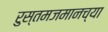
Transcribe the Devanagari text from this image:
रुस्तमजमानच्या